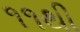
૧૧થી